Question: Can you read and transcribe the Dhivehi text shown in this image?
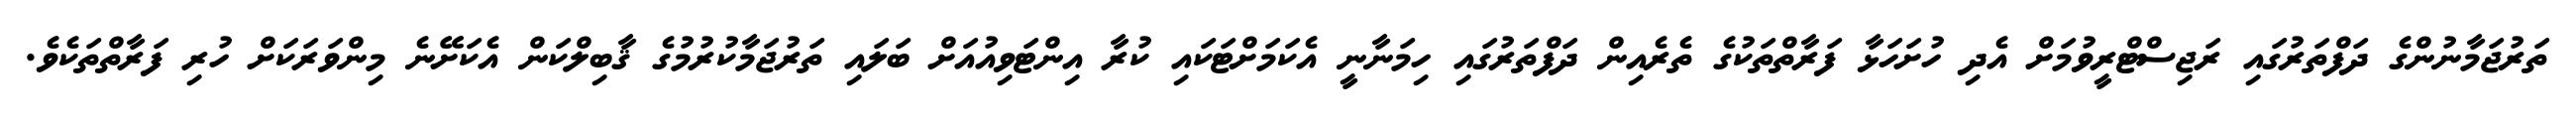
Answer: ތަރުޖަމާނުންގެ ދަފްތަރުގައި ރަޖިސްޓްރީވުމަށް އެދި ހުށަހަޅާ ފަރާތްތަކުގެ ތެރެއިން ދަފްތަރުގައި ހިމަނާނީ އެކަމަށްޓަކައި ކުރާ އިންޓަވިއުއަށް ބަލައި ތަރުޖަމާކުރުމުގެ ޤާބިލްކަން އެކަށޭނެ މިންވަރަކަށް ހުރި ފަރާތްތަކެވެ.